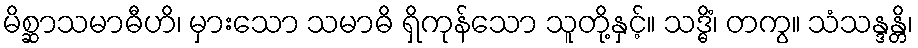
မိစ္ဆာသမာဓီဟိ၊ မှားသော သမာဓိ ရှိကုန်သော သူတို့နှင့်။ သဒ္ဓိံ၊ တကွ။ သံသန္ဒန္တိ၊